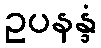
ဥပနန္ဒံ